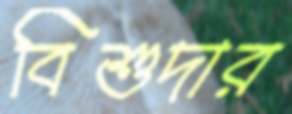
বিশুদার